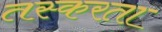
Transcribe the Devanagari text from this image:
तस्करता